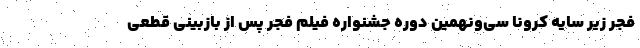
فجر زیر سایه کرونا سی‌ونهمین دوره جشنواره فیلم فجر پس از بازبینی قطعی